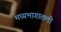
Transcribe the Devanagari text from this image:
मध्यभागातली